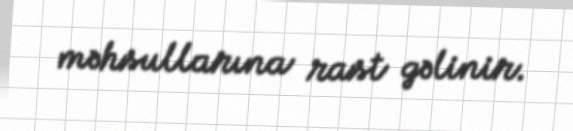
məhsullarına rast gəlinir.